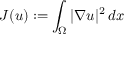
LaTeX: J ( u ) : = \int _ { \Omega } | \nabla u | ^ { 2 } \, d x